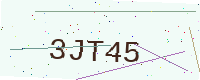
Text: 3JT45